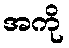
အကို